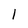
Character: 1